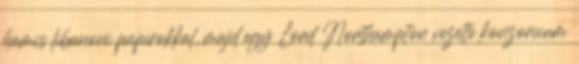
hamis libanoni papírokkal, majd egy Lord Northampton vezette konzorcium